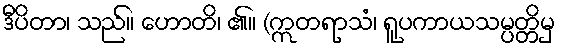
ဒီပိတာ၊ သည်။ ဟောတိ၊ ၏။ (ဣတရာသံ၊ ရူပကာယသမ္ပတ္တိမှ